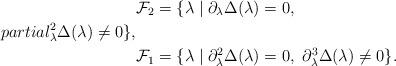
LaTeX: \begin{align*} &\mathcal{F}_2 = \{\lambda \mid \partial_{\lambda} \Delta(\lambda)=0,\\partial_{\lambda}^2 \Delta(\lambda)\neq 0\},\\ &\mathcal{F}_1 = \{\lambda \mid \partial_{\lambda}^2 \Delta(\lambda)= 0,\ \partial_{\lambda}^3 \Delta(\lambda)\neq 0\}.\end{align*}